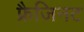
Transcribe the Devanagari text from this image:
फ्रैजिनट